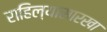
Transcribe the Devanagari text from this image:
राहिल्यासारखा